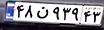
۴۸ن۹۳۹۴۳